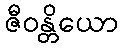
ဇီဝန္တိယော